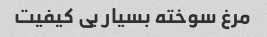
مرغ سوخته بسیار بی کیفیت